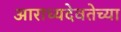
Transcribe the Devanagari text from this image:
आराध्यदेवतेच्या